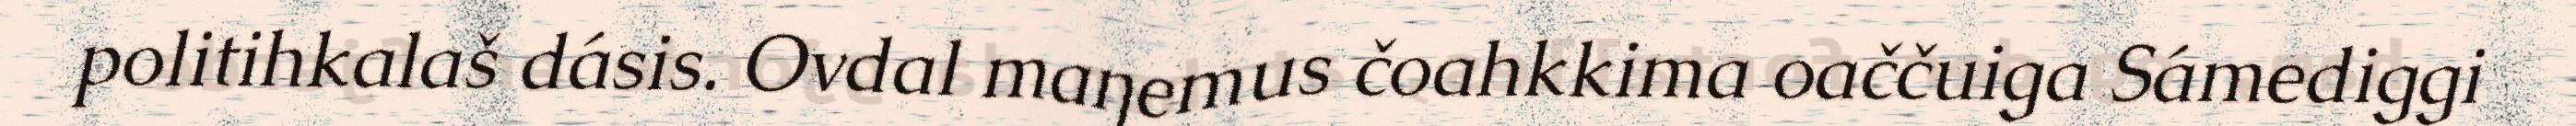
politihkalaš dásis. Ovdal maŋemus čoahkkima oaččuiga Sámediggi